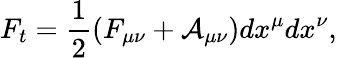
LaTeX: F_{t}=\frac{1}{2}(F_{\mu\nu}+{\cal A}_{\mu\nu})dx^{\mu}dx^{\nu},